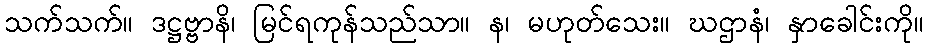
သက်သက်။ ဒဋ္ဌဗ္ဗာနိ၊ မြင်ရကုန်သည်သာ။ န၊ မဟုတ်သေး။ ဃဌာနံ၊ နှာခေါင်းကို။